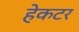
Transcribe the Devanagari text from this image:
हेकटर